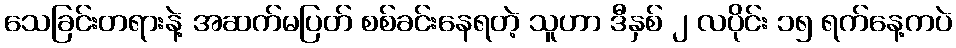
သေခြင်းတရားနဲ့ အဆက်မပြတ် စစ်ခင်းနေရတဲ့ သူဟာ ဒီနှစ် ၂ လပိုင်း ၁၅ ရက်နေ့ကပဲ